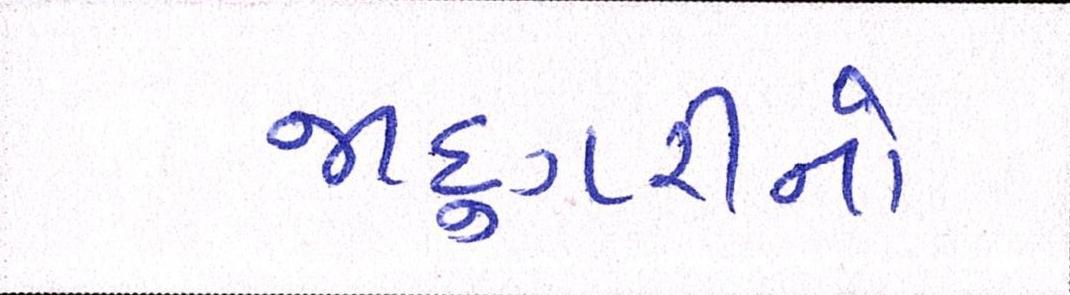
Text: જાદુગરીનો